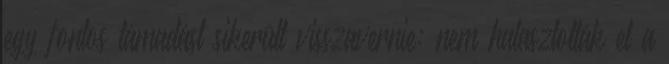
egy fontos támadást sikerült visszavernie: nem halasztották el a